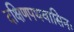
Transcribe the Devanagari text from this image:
दक्षिणपथवासिनः